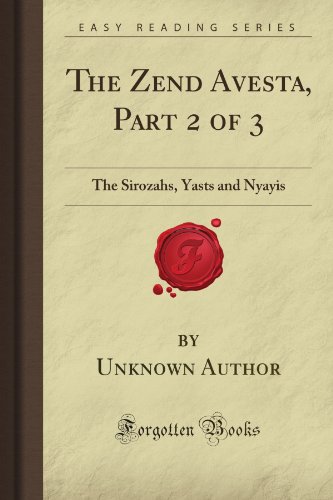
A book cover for The Zend Avesta, Part 2 of 3: The Sirozahs, Yasts and Nyayis (Forgotten Books); Unknown Firminger Author; Religion & Spirituality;